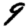
Digit: 9